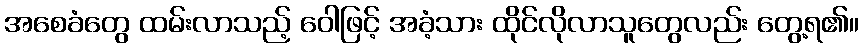
အစေခံတွေ ထမ်းလာသည့် ဝေါဖြင့် အခံ့သား ထိုင်လိုလာသူတွေလည်း တွေ့ရ၏။